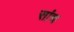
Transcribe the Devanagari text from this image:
सांच